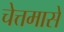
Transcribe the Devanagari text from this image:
चेत्तमासे